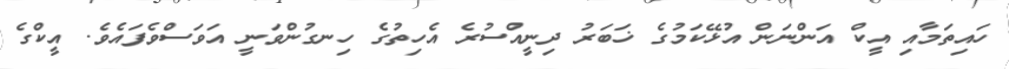
ހައިތަމާއި އީކް އަންނަން އުޅޭކަމުގެ ޚަބަރު ދިނީއްސުރެ އެހިތުގެ ހިނގުންވަނީ އަވަސްވެފައެވެ. އީކްގެ